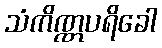
သံကိဏ္ဏပရိခေါ